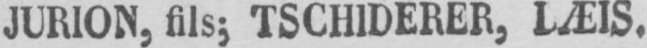
JURION, fils; TSCHIDERER, LÆIS.